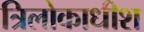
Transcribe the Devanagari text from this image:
त्रिलोकाधीश